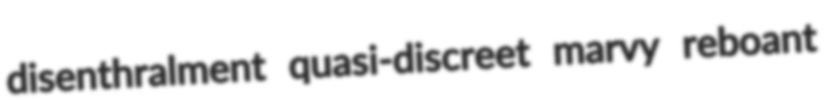
disenthralment quasi-discreet marvy reboant